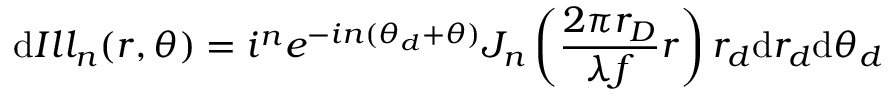
\mathrm { d } I l l _ { n } ( r , \theta ) = i ^ { n } e ^ { - i n ( \theta _ { d } + \theta ) } J _ { n } \left( \frac { 2 \pi r _ { D } } { \lambda f } r \right) r _ { d } \mathrm { d } r _ { d } \mathrm { d } \theta _ { d }